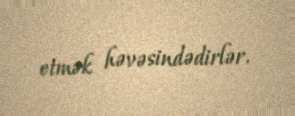
etmək həvəsindədirlər.